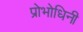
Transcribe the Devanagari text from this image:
प्रोभोधिनी